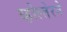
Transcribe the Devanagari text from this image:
व्होल्तेरने